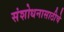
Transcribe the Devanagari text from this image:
संशोधनासाठीचे